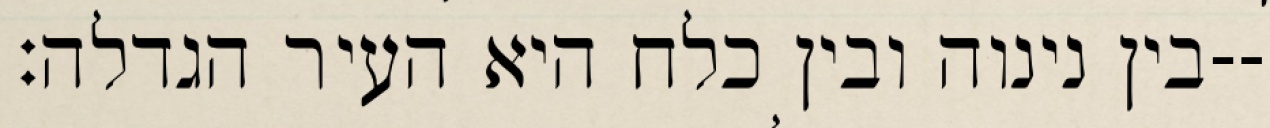
בין נינוה ובין כלח היא העיר הגדלה׃--